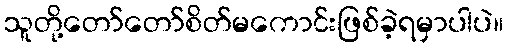
သူတို့တော်တော်စိတ်မကောင်းဖြစ်ခဲ့ရမှာပါပဲ။